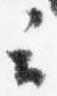
云